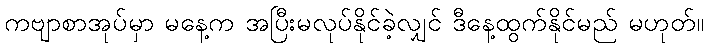
ကဗျာစာအုပ်မှာ မနေ့က အပြီးမလုပ်နိုင်ခဲ့လျှင် ဒီနေ့ထွက်နိုင်မည် မဟုတ်။